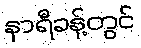
နာရီခန့်တွင်